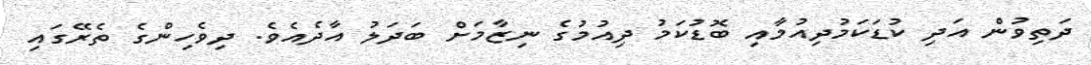
ދަތިވުން އަދި ކުޑަކަމުދިއުމާއި ބޮޑުކަމު ދިއުމުގެ ނިޒާމަށް ބަދަލު އާދެއެވެ. ދިވެހިންގެ ތެރޭގައި